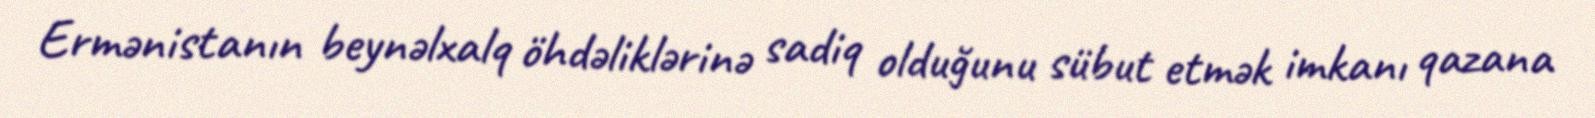
Ermənistanın beynəlxalq öhdəliklərinə sadiq olduğunu sübut etmək imkanı qazana